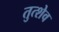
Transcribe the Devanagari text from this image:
तुत्शेव